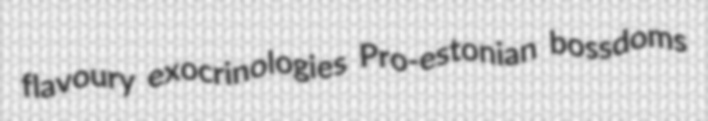
flavoury exocrinologies Pro-estonian bossdoms